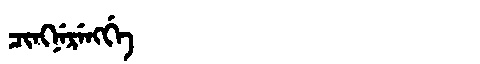
Manchu: ᠴᡳᠩᠨᡝᡵᡝᠩᡤᡝ
Romanization: CINGNERENGGE